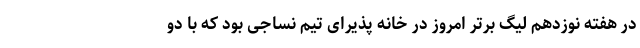
در هفته نوزدهم لیگ برتر امروز در خانه پذیرای تیم نساجی بود که با دو